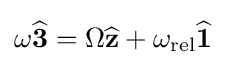
{\textstyle \omega {\widehat {\mathbf {3} }}=\Omega {\widehat {\mathbf {z} }}+\omega _{\text{rel}}{\widehat {\mathbf {1} }}}